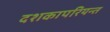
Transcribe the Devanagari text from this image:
दशकापरियन्त